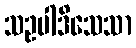
သဥပါဒိသေသာ